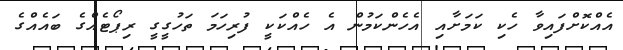
އެއްކޮށްފައިވާ ހެކި ކަމަށާއި އެހެންކަމުން އެ ހެއްކަކީ ފުރިހަމަ ތަހުގީގީ ރިޕޯޓެއްގެ ބައެއްގެ